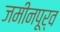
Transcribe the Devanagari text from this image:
जमीनपूर्व